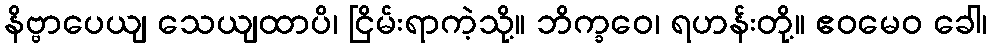
နိဗ္ဗာပေယျ သေယျထာပိ၊ ငြိမ်းရာကဲ့သို့။ ဘိက္ခဝေ၊ ရဟန်းတို့။ ဧဝမေဝ ခေါ၊